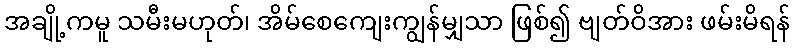
အချို့ကမူ သမီးမဟုတ်၊ အိမ်စေကျေးကျွန်မျှသာ ဖြစ်၍ ဗျတ်ဝိအား ဖမ်းမိရန်